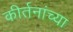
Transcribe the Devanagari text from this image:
कीर्तनांच्या